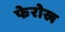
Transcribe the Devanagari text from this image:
फेरोख